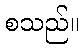
စသည်။